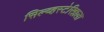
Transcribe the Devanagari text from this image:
सिल्व्हस्टेरिझला